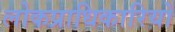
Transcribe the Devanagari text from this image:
लोकप्राधिकारियों